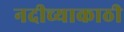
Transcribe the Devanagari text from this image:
नदीच्याकाठी